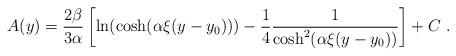
LaTeX: \begin{align*}A(y)={2\beta\over 3\alpha}\left[\ln(\cosh(\alpha \xi (y-y_0)))-{1\over 4} {1\over \cosh^2(\alpha \xi (y-y_0))}\right]+C~.\end{align*}